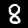
Digit: 8